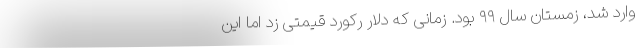
وارد شد،‌ زمستان سال ۹۹ بود. زمانی که دلار رکورد قیمتی زد اما این